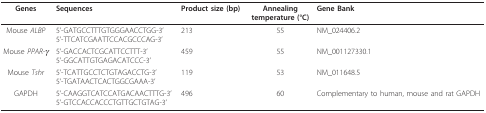
<table><thead><tr><td><b>Genes</b></td><td><b>Sequences</b></td><td><b>Product size (bp)</b></td><td><b>Annealingtemperature (°C)</b></td><td><b>Gene Bank</b></td></tr></thead><tbody><tr><td>Mouse <i>ALBP</i></td><td>5&#x27;-GATGCCTTTGTGGGAACCTGG-3&#x27;5&#x27;-TTCATCGAATTCCACGCCCAG-3&#x27;</td><td>213</td><td>55</td><td>NM_024406.2</td></tr><tr><td>Mouse <i>PPAR-γ</i></td><td>5&#x27;-GACCACTCGCATTCCTTT-3&#x27;5&#x27;-GGCATTGTGAGACATCCC-3&#x27;</td><td>459</td><td>55</td><td>NM_001127330.1</td></tr><tr><td>Mouse <i>Tshr</i></td><td>5&#x27;-TCATTGCCTCTGTAGACCTG-3&#x27;5&#x27;-TGATAACTCACTGGCGAAA-3&#x27;</td><td>119</td><td>53</td><td>NM_011648.5</td></tr><tr><td>GAPDH</td><td>5&#x27;-CAAGGTCATCCATGACAACTTTG-3&#x27;5&#x27;-GTCCACCACCCTGTTGCTGTAG-3&#x27;</td><td>496</td><td>60</td><td>Complementary to human, mouse and rat GAPDH</td></tr></tbody></table>